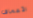
الأعماق